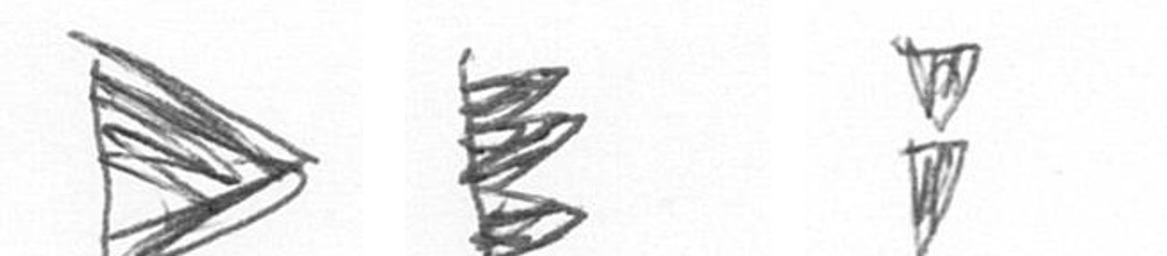
T H Z